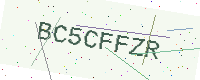
Text: BC5CFFZR